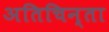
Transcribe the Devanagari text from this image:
अतिचिन्ता